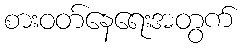
စားဝတ်နေရေးအတွက်